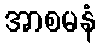
အာစမနံ